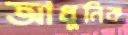
আধুনিক